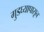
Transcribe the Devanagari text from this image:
गुडघ्यापासून